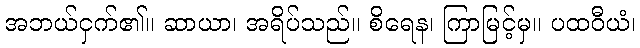
အဘယ်ငှက်၏။ ဆာယာ၊ အရိပ်သည်။ စိရေန၊ ကြာမြင့်မှ။ ပထဝီယံ၊